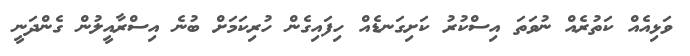
ވަޅިއެއް ކަތުރެއް ނުވަތަ އިސްކުރު ކަށިގަނޑެއް ހިފައިގެން ހުރިކަމަށް ބުނެ އިސްރާއީލުން ގެންދަނީ